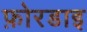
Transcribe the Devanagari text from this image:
फ़ोरडाइ